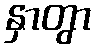
နှာတွာ